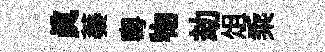
眞蓁粵物劫俎乘